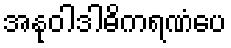
အနုဝါဒါဓိကရဏံပေ